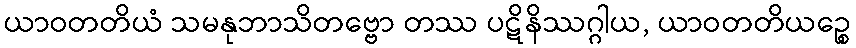
ယာဝတတိယံ သမနုဘာသိတဗ္ဗော တဿ ပဋိနိဿဂ္ဂါယ, ယာဝတတိယဉ္စေ